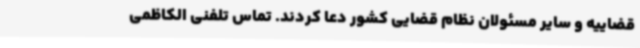
قضاییه و سایر مسئولان نظام قضایی کشور دعا کردند. تماس تلفنی الکاظمی